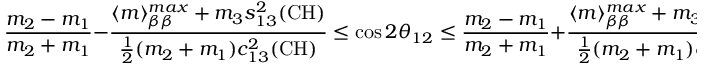
\frac { m _ { 2 } - m _ { 1 } } { m _ { 2 } + m _ { 1 } } - \frac { \langle m \rangle _ { \beta \beta } ^ { m a x } + m _ { 3 } s _ { 1 3 } ^ { 2 } ( \mathrm { C H } ) } { \frac { 1 } { 2 } ( m _ { 2 } + m _ { 1 } ) c _ { 1 3 } ^ { 2 } ( \mathrm { C H } ) } \leq \cos { 2 \theta _ { 1 2 } } \leq \frac { m _ { 2 } - m _ { 1 } } { m _ { 2 } + m _ { 1 } } + \frac { \langle m \rangle _ { \beta \beta } ^ { m a x } + m _ { 3 } s _ { 1 3 } ^ { 2 } ( \mathrm { C H } ) } { \frac { 1 } { 2 } ( m _ { 2 } + m _ { 1 } ) c _ { 1 3 } ^ { 2 } ( \mathrm { C H } ) } ,